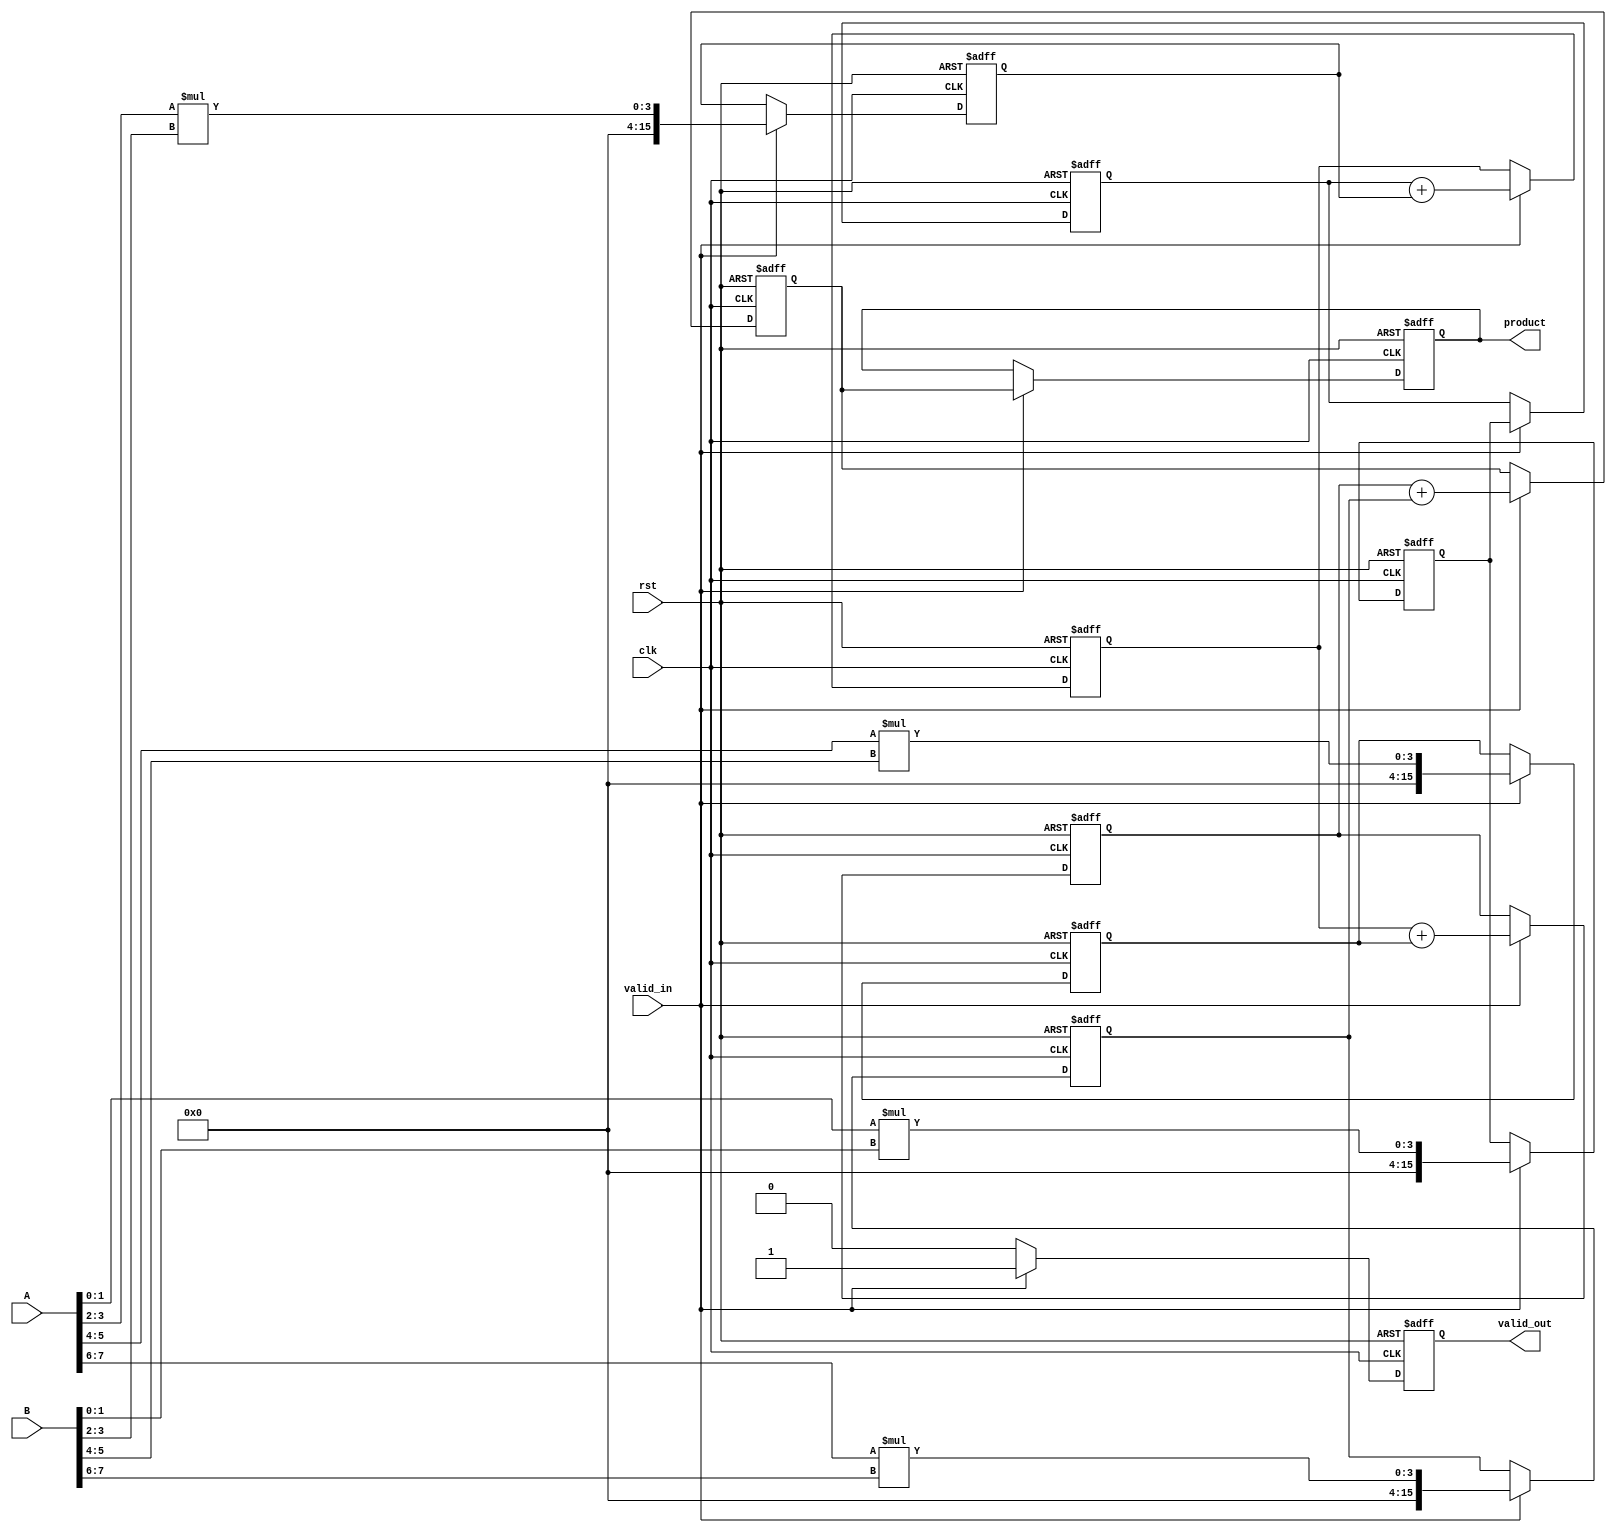
module pipelined_sliced_multiplier #(parameter WIDTH = 8, // Width of operands
                                     parameter SLICES = 4) // Number of slices
(
    input clk,
    input rst,
    input [WIDTH-1:0] A,
    input [WIDTH-1:0] B,
    input valid_in,
    output reg valid_out,
    output reg [2*WIDTH-1:0] product
);

// Internal signals
wire [WIDTH/SLICES-1:0] A_slice [0:SLICES-1];
wire [WIDTH/SLICES-1:0] B_slice [0:SLICES-1];
wire [2*(WIDTH/SLICES)-1:0] partial_product [0:SLICES-1];
reg [2*WIDTH-1:0] accum [0:SLICES-1];

// Slice the inputs
genvar i;
generate
    for (i = 0; i < SLICES; i = i + 1) begin : slice_gen
        assign A_slice[i] = A[(i+1)*WIDTH/SLICES-1 -: WIDTH/SLICES];
        assign B_slice[i] = B[(i+1)*WIDTH/SLICES-1 -: WIDTH/SLICES];
    end
endgenerate

// Pipeline registers
reg [2*WIDTH-1:0] pp_reg [0:SLICES-1];
reg [2*WIDTH-1:0] accum_reg [0:SLICES-1];
integer j;

always @(posedge clk or posedge rst) begin
    if (rst) begin
        valid_out <= 0;
        product <= 0;
        for (j = 0; j < SLICES; j = j + 1) begin
            pp_reg[j] <= 0;
            accum_reg[j] <= 0;
        end
    end else begin
        if (valid_in) begin
            // Generate Partial Products
            for (j = 0; j < SLICES; j = j + 1) begin
                pp_reg[j] <= A_slice[j] * B_slice[j];
            end
            
            // Accumulate Partial Products
            accum_reg[0] <= pp_reg[0];
            for (j = 1; j < SLICES; j = j + 1) begin
                accum_reg[j] <= accum_reg[j-1] + pp_reg[j];
            end
            
            // Final output
            product <= accum_reg[SLICES-1];
            valid_out <= 1;
        end else begin
            valid_out <= 0; // Set to 0 if no valid input
        end
    end
end

endmodule